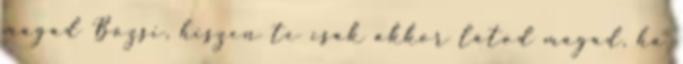
magad Bözsi, hiszen te csak akkor látod magad, ha